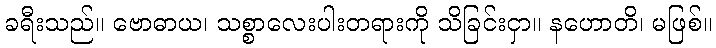
ခရီးသည်။ ဗောဓာယ၊ သစ္စာလေးပါးတရားကို သိခြင်းငှာ။ နဟောတိ၊ မဖြစ်။